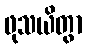
ဖုသယိတွာ